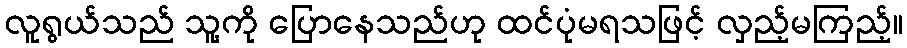
လူရွယ်သည် သူ့ကို ပြောနေသည်ဟု ထင်ပုံမရသဖြင့် လှည့်မကြည့်။